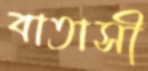
বাতাসী